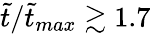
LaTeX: \tilde{t}/\tilde{t}_{max}\gtrsim 1.7